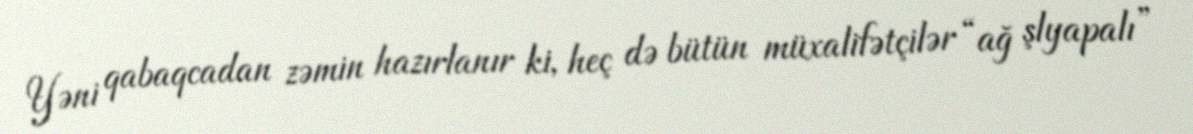
Yəni qabaqcadan zəmin hazırlanır ki, heç də bütün müxalifətçilər “ağ şlyapalı”